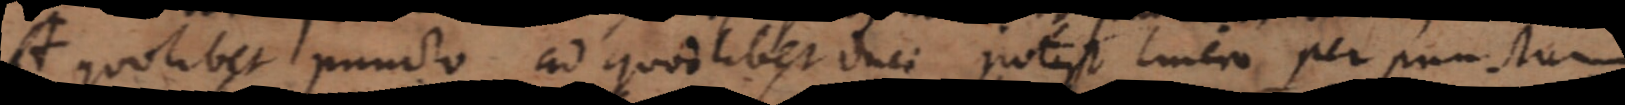
quolibet puncto ad quodlibet duci potest linea per punctum